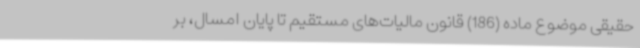
حقیقی موضوع ماده (186) قانون مالیات‌های مستقیم تا پایان امسال، بر